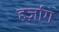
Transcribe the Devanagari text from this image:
हर्ज़ोग